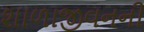
શાળાજીવનની